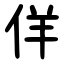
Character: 佯